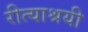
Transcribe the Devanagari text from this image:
रीत्याश्रयी